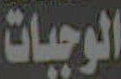
الوجبات